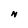
Character: N